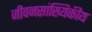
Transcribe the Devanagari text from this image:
जीवनसांख्यिकीय